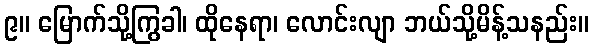
၉။ မြောက်သို့ကြွခါ၊ ထိုနေရာ၊ လောင်းလျာ ဘယ်သို့မိန့်သနည်း။